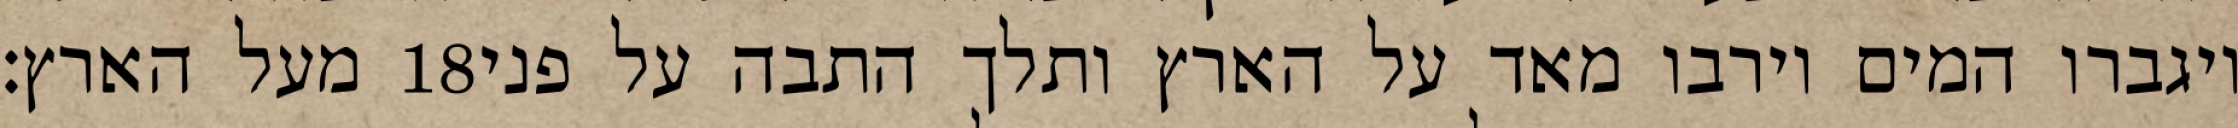
מעל הארץ׃ ‎18‏ ויגברו המים וירבו מאד על הארץ ותלך התבה על פני